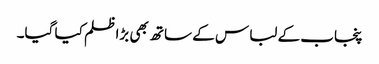
پنجاب کے لباس کے ساتھ بھی بڑا ظلم کیا گیا۔